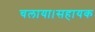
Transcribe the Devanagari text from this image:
चलाया।सहायक